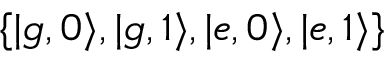
\{ | g , 0 \rangle , | g , 1 \rangle , | e , 0 \rangle , | e , 1 \rangle \}